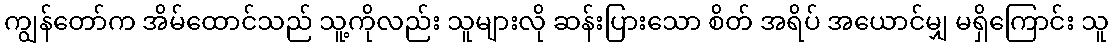
ကျွန်တော်က အိမ်ထောင်သည် သူ့ကိုလည်း သူများလို ဆန်းပြားသော စိတ် အရိပ် အယောင်မျှ မရှိကြောင်း သူ